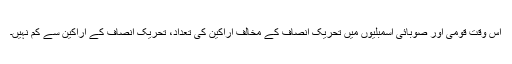
اِس وقت قومی اور صوبائی اسمبلیوں میں تحریکِ انصاف کے مخالف اراکین کی تعداد، تحریکِ انصاف کے اراکین سے کم نہیں۔